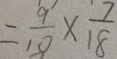
= \frac { 9 } { 1 0 } \times \frac { 7 } { 1 8 }